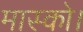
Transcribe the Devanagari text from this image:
मास्को।